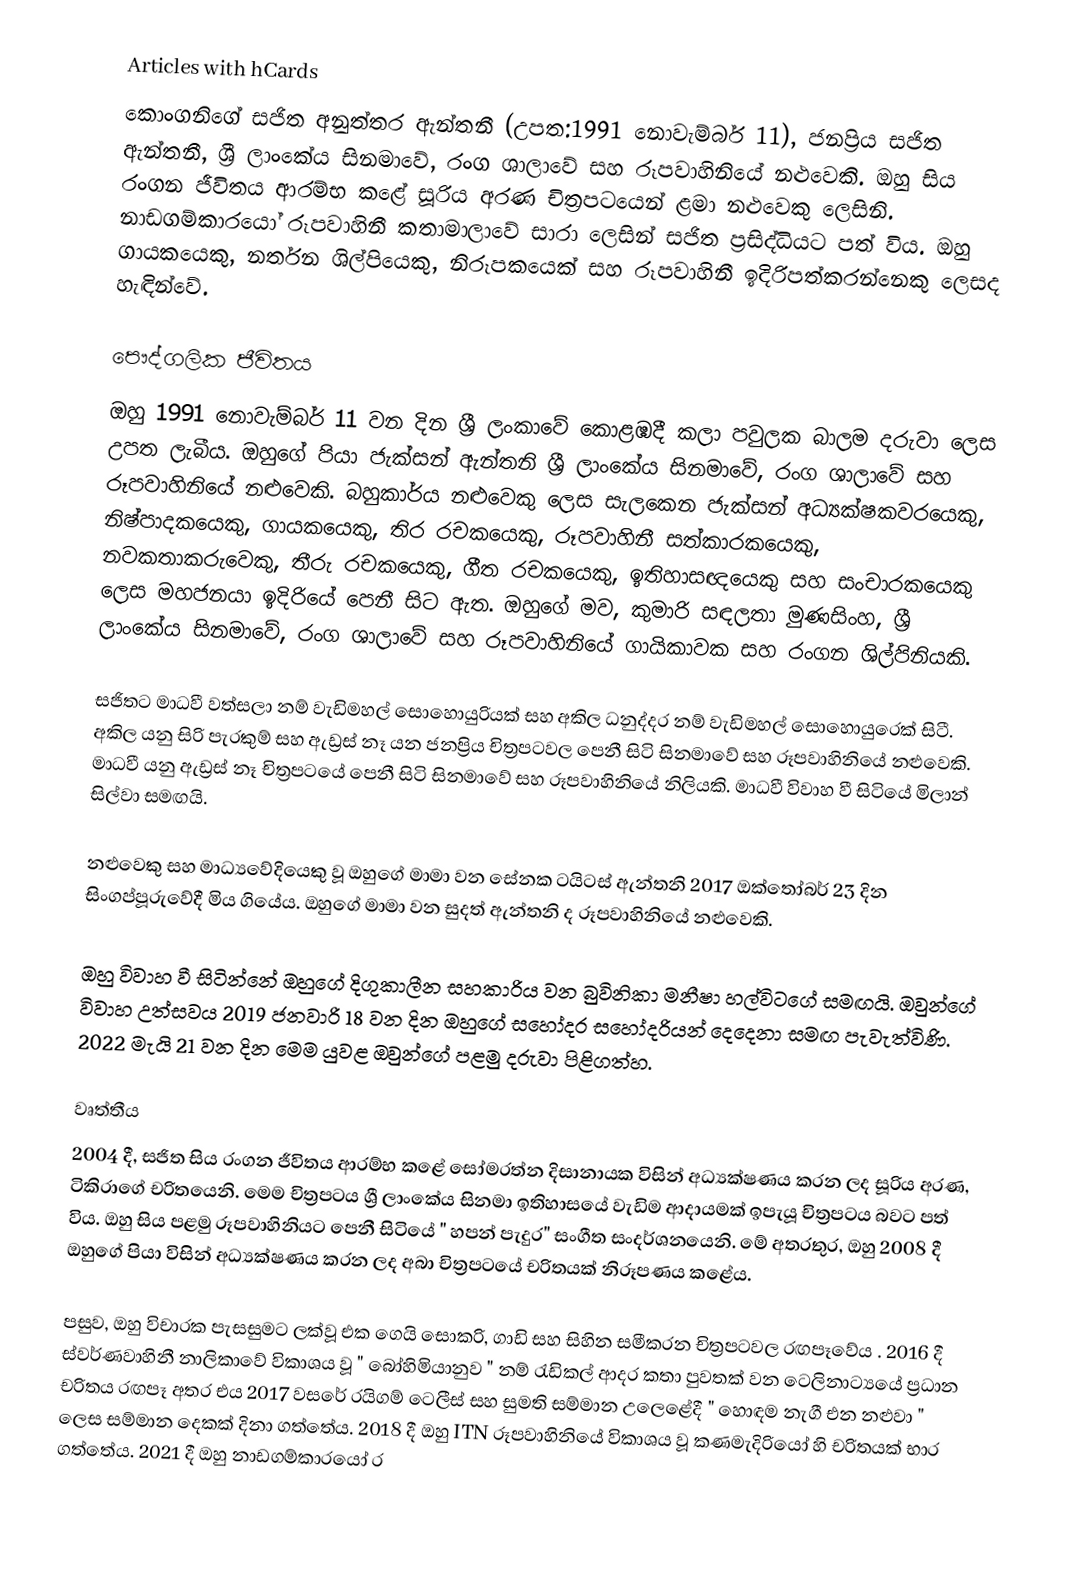
Articles with hCards
කොංගනිගේ සජිත අනුත්තර ඇන්තනී (උපත:1991 නොවැම්බර් 11), ජනප්‍රිය සජිත ඇන්තනී, ශ්‍රී ලාංකේය සිනමාවේ, රංග ශාලාවේ සහ රූපවාහිනියේ නළුවෙකි. ඔහු සිය රංගන ජීවිතය ආරම්භ කළේ සූරිය අරණ චිත්‍රපටයෙන් ළමා නළුවෙකු ලෙසිනි. නාඩගම්කාරයෝ රූපවාහිනී කතාමාලාවේ සාරා ලෙසින් සජිත ප්‍රසිද්ධියට පත් විය.  ඔහු ගායකයෙකු, නර්තන ශිල්පියෙකු, නිරූපකයෙක් සහ රූපවාහිනී ඉදිරිපත්කරන්නෙකු ලෙසද හැඳින්වේ.

පෞද්ගලික ජීවිතය
ඔහු 1991 නොවැම්බර් 11 වන දින ශ්‍රී ලංකාවේ කොළඹදී කලා පවුලක බාලම දරුවා ලෙස උපත ලැබීය. ඔහුගේ පියා ජැක්සන් ඇන්තනි ශ්‍රී ලාංකේය සිනමාවේ, රංග ශාලාවේ සහ රූපවාහිනියේ නළුවෙකි. බහුකාර්ය නළුවෙකු ලෙස සැලකෙන ජැක්සන් අධ්‍යක්ෂකවරයෙකු, නිෂ්පාදකයෙකු, ගායකයෙකු, තිර රචකයෙකු, රූපවාහිනී සත්කාරකයෙකු, නවකතාකරුවෙකු, තීරු රචකයෙකු, ගීත රචකයෙකු, ඉතිහාසඥයෙකු සහ සංචාරකයෙකු ලෙස මහජනයා ඉදිරියේ පෙනී සිට ඇත. ඔහුගේ මව, කුමාරි සඳලතා මුණසිංහ, ශ්‍රී ලාංකේය සිනමාවේ, රංග ශාලාවේ සහ රූපවාහිනියේ ගායිකාවක සහ රංගන ශිල්පිනියකි.

සජිතට මාධවී වත්සලා නම් වැඩිමහල් සොහොයුරියක් සහ අකිල ධනුද්දර නම් වැඩිමහල් සොහොයුරෙක් සිටී. අකිල යනු සිරි පැරකුම් සහ ඇඩ්‍රස් නෑ යන ජනප්‍රිය චිත්‍රපටවල පෙනී සිටි සිනමාවේ සහ රූපවාහිනියේ නළුවෙකි. මාධවී යනු ඇඩ්‍රස් නෑ චිත්‍රපටයේ පෙනී සිටි සිනමාවේ සහ රූපවාහිනියේ නිලියකි.  මාධවී විවාහ වී සිටියේ මිලාන් සිල්වා සමඟයි.

නළුවෙකු සහ මාධ්‍යවේදියෙකු වූ ඔහුගේ මාමා වන සේනක ටයිටස් ඇන්තනි 2017 ඔක්තෝබර් 23 දින සිංගප්පූරුවේදී මිය ගියේය.   ඔහුගේ මාමා වන සුදත් ඇන්තනි ද රූපවාහිනියේ නළුවෙකි.

ඔහු විවාහ වී සිටින්නේ ඔහුගේ දිගුකාලීන සහකාරිය වන බුවිනිකා මනීෂා හල්විටගේ සමඟයි. ඔවුන්ගේ විවාහ උත්සවය 2019 ජනවාරි 18 වන දින ඔහුගේ සහෝදර සහෝදරියන් දෙදෙනා සමඟ පැවැත්විණි.    2022 මැයි 21 වන දින මෙම යුවළ ඔවුන්ගේ පළමු දරුවා පිළිගත්හ.

වෘත්තීය
2004 දී, සජිත සිය රංගන ජීවිතය ආරම්භ කළේ සෝමරත්න දිසානායක විසින් අධ්‍යක්ෂණය කරන ලද සූරිය අරණ, ටිකිරාගේ චරිතයෙනි. මෙම චිත්‍රපටය ශ්‍රී ලාංකේය සිනමා ඉතිහාසයේ වැඩිම ආදායමක් ඉපැයූ චිත්‍රපටය බවට පත් විය.  ඔහු සිය පළමු රූපවාහිනියට පෙනී සිටියේ " හපන් පැදුර" සංගීත සංදර්ශනයෙනි.  මේ අතරතුර, ඔහු 2008 දී ඔහුගේ පියා විසින් අධ්‍යක්ෂණය කරන ලද අබා චිත්‍රපටයේ  චරිතයක් නිරූපණය කළේය.

පසුව, ඔහු විචාරක පැසසුමට ලක්වූ එක ගෙයි සොකරි, ගාඩි සහ සිහින සමීකරන      චිත්‍රපටවල රඟපෑවේය .       2016 දී ස්වර්ණවාහිනී නාලිකාවේ විකාශය වූ " බෝහිමියානුව " නම් රැඩිකල් ආදර කතා පුවතක් වන ටෙලිනාට්‍යයේ ප්‍රධාන චරිතය රඟපෑ අතර එය 2017 වසරේ රයිගම් ටෙලීස් සහ සුමති සම්මාන උලෙළේදී " හොඳම නැගී එන නළුවා " ලෙස සම්මාන දෙකක් දිනා ගත්තේය.  2018 දී ඔහු ITN රූපවාහිනියේ විකාශය වූ කණමැදිරියෝ හි චරිතයක් භාර ගත්තේය. 2021 දී ඔහු නාඩගම්කාරයෝ ර